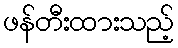
ဖန်တီးထားသည့်